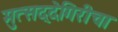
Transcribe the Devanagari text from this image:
मुत्सद्देगिरीचा